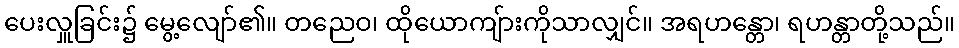
ပေးလှူခြင်း၌ မွေ့လျော်၏။ တညေဝ၊ ထိုယောကျ်ားကိုသာလျှင်။ အရဟန္တော၊ ရဟန္တာတို့သည်။